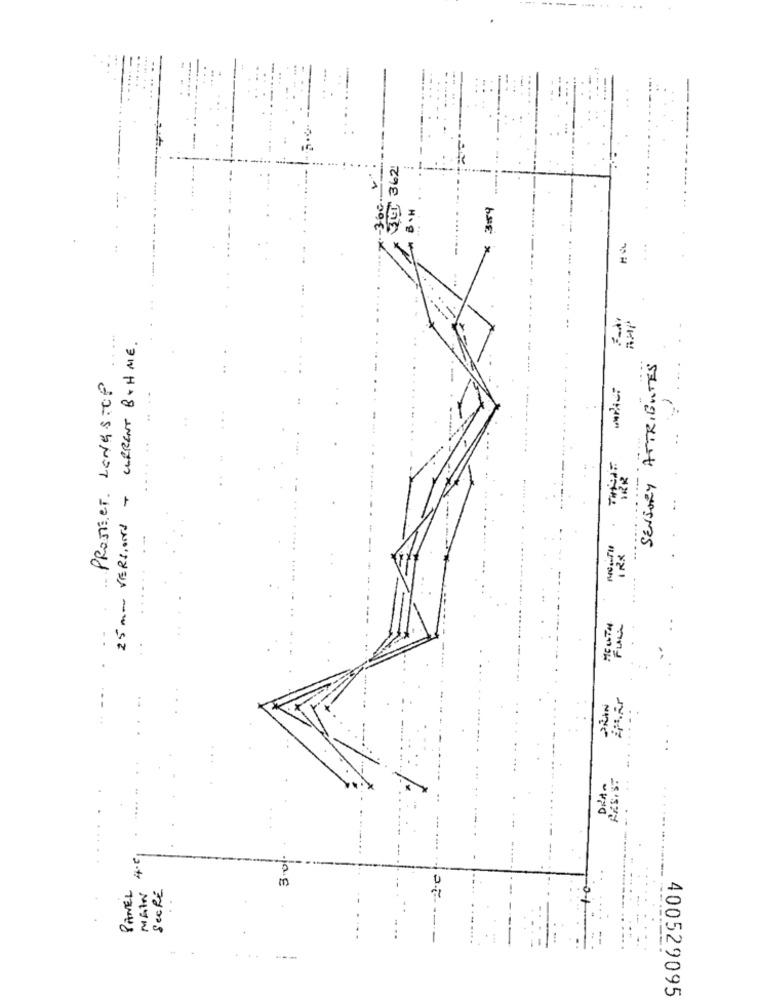
347 362
300.
B .H
× 3:59
RH
25 mm VERSIONS + CURRENT BCH ME.
SENSORY ATTRIENTES
PROJECT LONGSTOP
...
FULL
PRIN
2e
PANEL
MAIN
SecRE
m
400529095